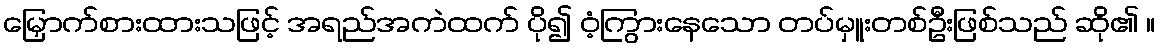
မြှောက်စားထားသဖြင့် အရည်အကဲထက် ပို၍ ဝံ့ကြွားနေသော တပ်မှူးတစ်ဦးဖြစ်သည် ဆို၏ ။